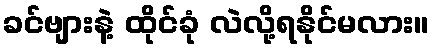
ခင်ဗျားနဲ့ ထိုင်ခုံ လဲလို့ရနိုင်မလား။